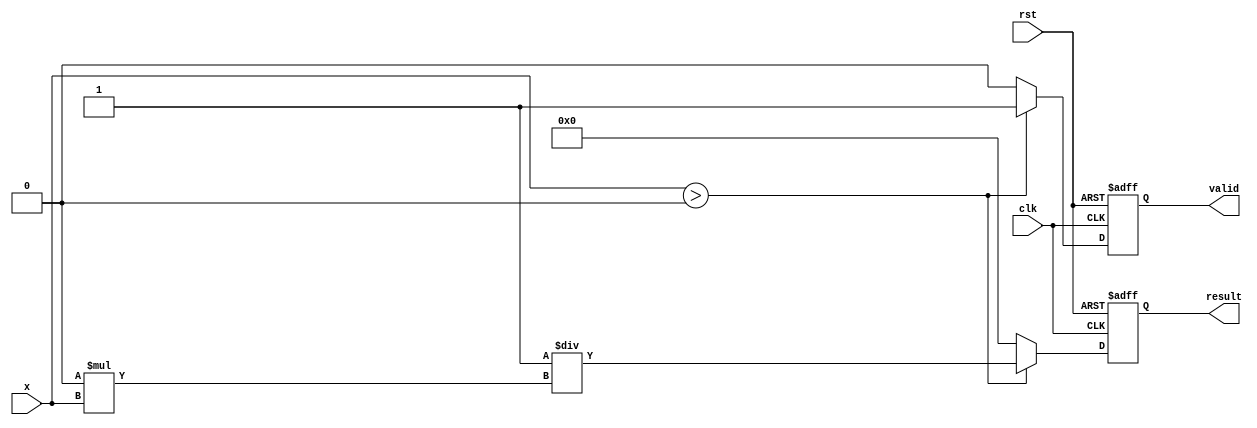
module fractional_order_reciprocal #(
    parameter INPUT_WIDTH = 32, // Width of input
    parameter OUTPUT_WIDTH = 32, // Width of output
    parameter N = 1, // Numerator of fractional power
    parameter M = 2  // Denominator of fractional power
)(
    input [INPUT_WIDTH-1:0] x, // Input value
    input clk, // Clock signal
    input rst, // Reset signal
    output reg [OUTPUT_WIDTH-1:0] result, // Output value
    output reg valid // Output valid signal
);

    // Internal signals
    reg [INPUT_WIDTH-1:0] log_x; // Logarithm of input x
    reg [OUTPUT_WIDTH-1:0] exp_value; // Exponential value
    reg [OUTPUT_WIDTH-1:0] reciprocal; // Reciprocal of x^(N/M)

    // Look-up table for logarithm
    function [INPUT_WIDTH-1:0] log_lookup(input [INPUT_WIDTH-1:0] value);
        // This function would implement a logarithm approximation or LUT
        log_lookup = value; // Placeholder - replace with actual logarithm function
    endfunction

    // Look-up table for exponential
    function [OUTPUT_WIDTH-1:0] exp_lookup(input [INPUT_WIDTH-1:0] value);
        // This function would implement an exponential approximation or LUT
        exp_lookup = value; // Placeholder - replace with actual exponential function
    endfunction

    always @(posedge clk or posedge rst) begin
        if (rst) begin
            result <= 0;
            valid <= 0;
        end else begin
            if (x > 0) begin
                // Compute log(x)
                log_x = log_lookup(x);

                // Compute -(N/M) * log(x)
                exp_value = (-(N / M) * log_x); // Simple multiplication, consider fixed-point

                // Compute x^(N/M) = exp(exp_value)
                exp_value = exp_lookup(exp_value);

                // Compute reciprocal
                reciprocal = 1 / exp_value; // Assuming fixed-point representation

                result <= reciprocal;
                valid <= 1;
            end else begin
                // Handle invalid inputs (e.g., negative values or zero)
                result <= 0; // Or some error value
                valid <= 0;
            end
        end
    end
endmodule